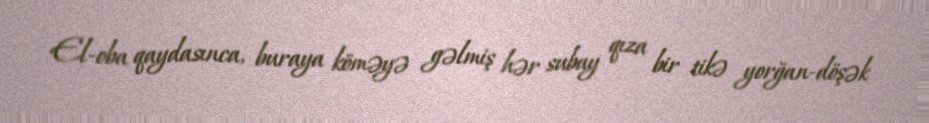
El-oba qaydasınca, buraya köməyə gəlmiş hər subay qıza bir tikə yorğan-döşək